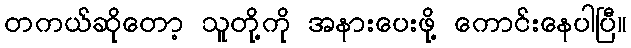
တကယ်ဆိုတော့ သူတို့ကို အနားပေးဖို့ ကောင်းနေပါပြီ။